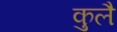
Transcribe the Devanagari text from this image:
कुलै